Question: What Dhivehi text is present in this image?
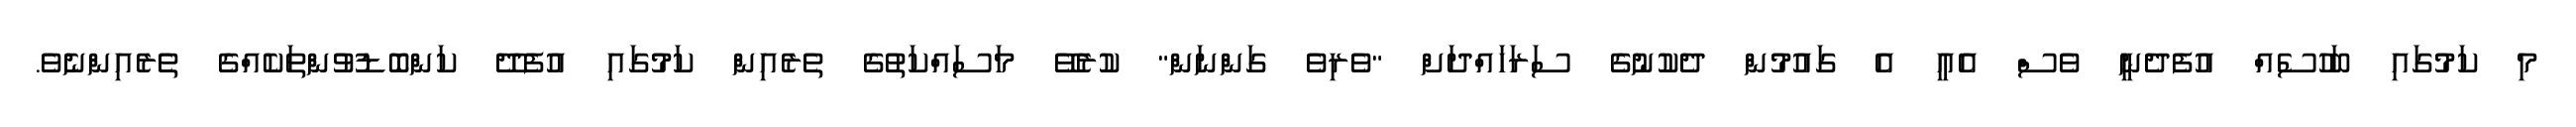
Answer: މި ކަމުގައި ބަހުސެއް އުފެދެނީ ވެސް އެއީ އެ ގައުމުން ދެކުނުގެ ސަރަހައްދަށް "ވެރިވެ ގަންނަން" ކުރެވޭ މަސައްކަތުގެ ތެރެއިން ކަމުގައި އުފެދޭ ކަންބޮޑުވުންތަކެއްގެ ތެރެއިންނެވެ.